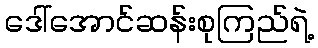
ဒေါ်အောင်ဆန်းစုကြည်ရဲ့